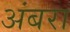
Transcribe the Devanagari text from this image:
अंबरा